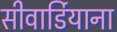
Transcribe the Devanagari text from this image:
सीवार्डियाना